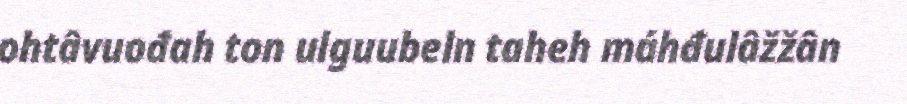
ohtâvuođah ton ulguubeln taheh máhđulâžžân